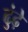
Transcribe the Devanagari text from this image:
ढुंढ़े